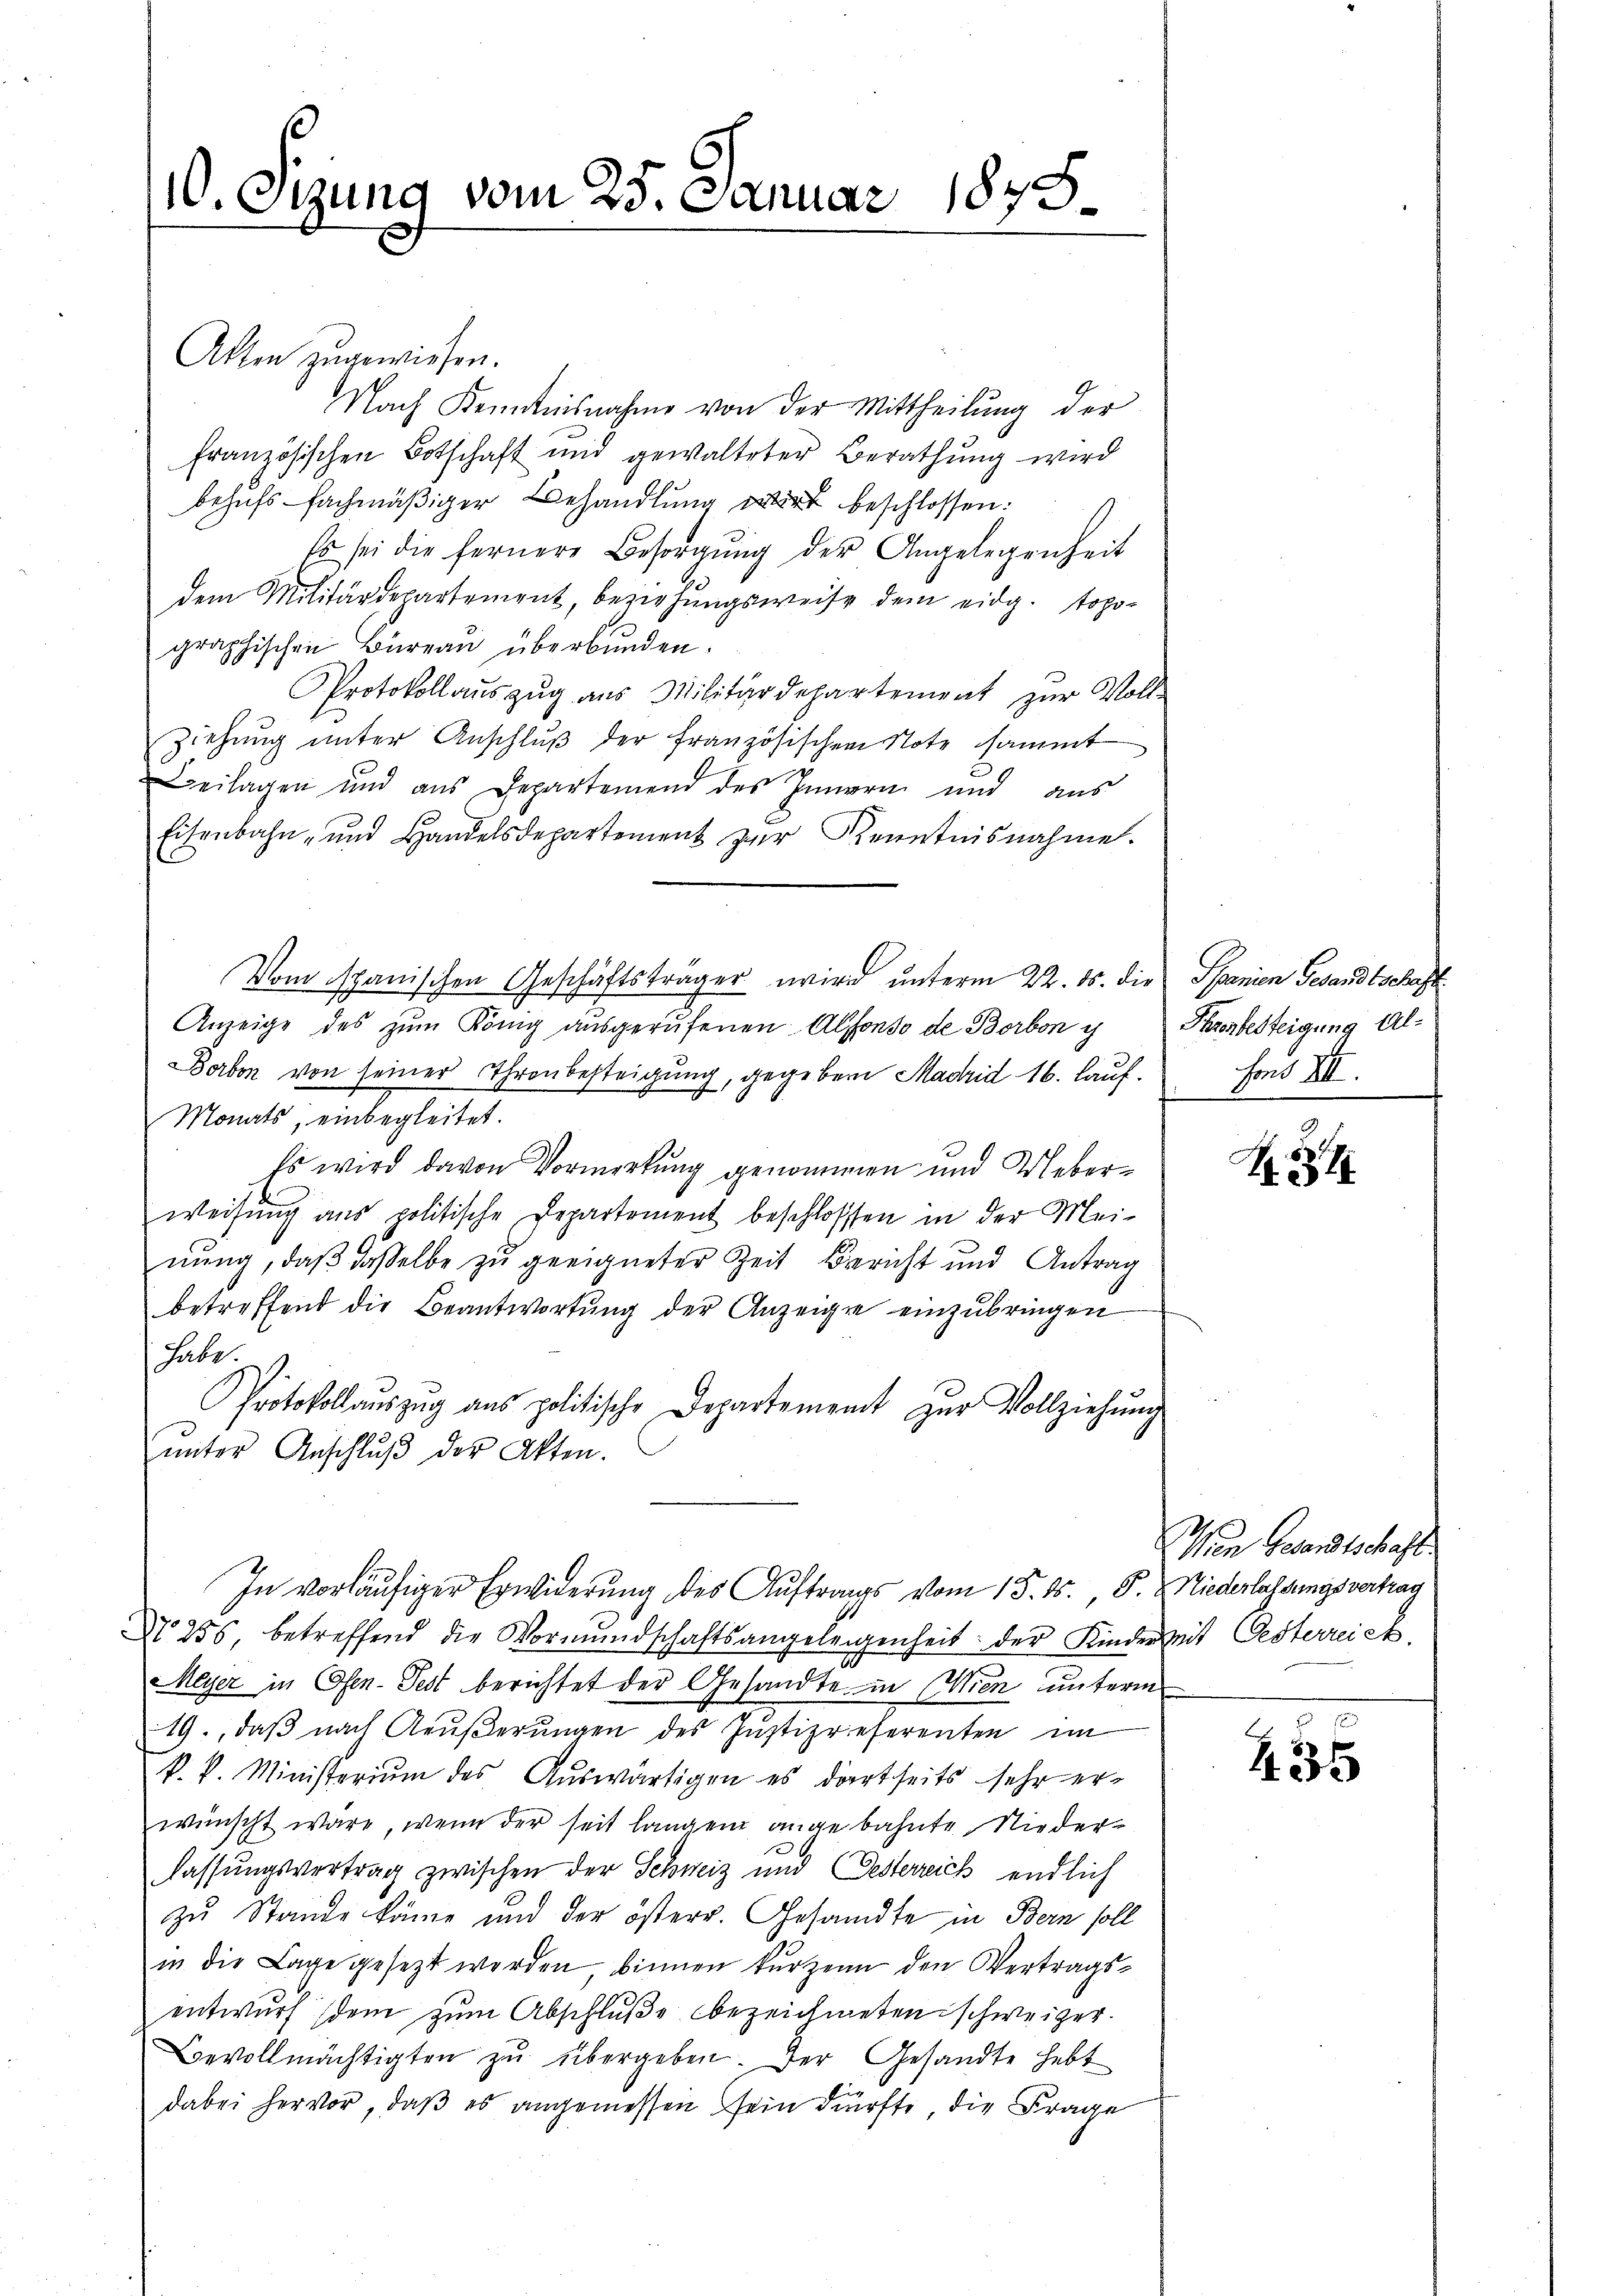
10. Sitzung vom 25. Januar 1848.

Alten zugewiesen.
Nach Kenntnisnahme von der Mittheilung der
französischen Botschaft und gewalteter Berathung wird
behufs fachmäßiger Behandlung der beschlossen:
Es sei die fernere Besorgŭng der Angelegenheit
dem Militärdepartement, beziehungsweise dem eidg. topographischen Büreaŭ überbŭnden.
Protokollauszug aus Militärdepartement zur Voll-
ziehung unter Anschlŭβ der französischen Note sammt
Beilagen und aus Departemend des Innern und aus
Eisenbahn- und Handelsdepartement zur Kenntnisnahme.
Anzeige des zum König ausgerufenen Alfonso de Borbon ih
Borben von seiner Thronbesteigung, gegeben Madrid 16. Lauf.
Monats, einbegleitet.
Es wird davon Vormerkung genommen und Ueberweisŭng ans politische Departement beschlossen in der Mei-
nung, daß dasselbe zu geeigneter Zeit Bericht und Antrag
betreffend die Beantwortung der Anzeigen einzubringen
habe.
Protokoll aŭszŭg ans politische Departement zŭr Vollziehŭng
ŭnter Anschlŭβ der Akten.
In vorläufiger Erwiderung des Auftrages vom 15. ds. P. Niederlassungsvertrag
Nro 255, betreffend die Vormundschaftsangelegenheit der Kinderzeit Oesterreich
Meyer in Ofen-Fest berichtet der Gesandte in Wien unterm
19., daβ nach Aeŭβerŭngen des Justizrieferenten im
k. k. Ministerium des Auswärtigen es dortseits sehr erwünscht wäre, wenn der seit langen angebahnte Niederlassungsvertrag zwischen der Schweiz und Oesterreich endlich
zu Stande könne und der österr. Gesandte in Bern soll
in die Lage gesezt werden, binnen kurzen den Vertragsentwurf dem zum Abschluße bezeichneten schweizer.
Bevollmächtigten zu übergeben. Der Gesandte hebt
dabei hervor, daß es angemessen sein dürfte, die Frage

Vom spanischen Geschäftsträger wird unterm 22. ds. die Spanien Gesandtschaft

Hhrenbesteigung Alfons III.

H

Wen Gesandtschaft.

435